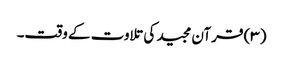
(۳) قرآن مجید کی تلاوت کے وقت۔